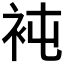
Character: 𧘸